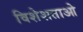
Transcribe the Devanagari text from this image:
विशेशताओ